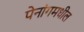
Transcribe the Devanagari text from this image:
पेनांगमधील